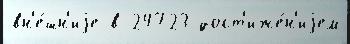
вн'е́шн'иjе в 24723 дост'иже́н'иjем